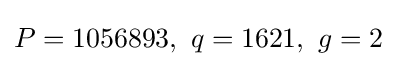
P=1056893,\ q=1621,\ g=2